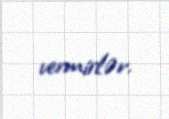
vermirlər.